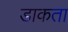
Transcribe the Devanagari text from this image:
डाकता